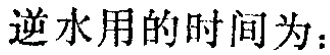
逆水用的时间为：